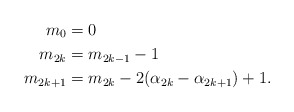
\begin{align*} m_{0}&=0 \\ m_{2k} &= m_{2k-1}-1 \\ m_{2k+1} &= m_{2k}-2(\alpha_{2k}-\alpha_{2k+1})+1. \end{align*}